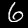
Label: 6